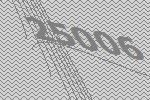
25006